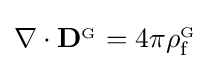
\nabla \cdot \mathbf {D} ^{_{\mathrm {G} }}=4\pi \rho _{\mathrm {f} }^{_{\mathrm {G} }}